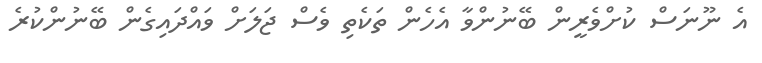
އެ ނޫނަސް ކުށްވެރީން ބޭނުންވާ އެހެން ތަކެތި ވެސް ޖަލަށް ވައްދައިގެން ބޭނުންކުރެ